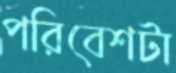
পরিবেশটা